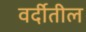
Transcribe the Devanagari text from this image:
वर्दीतील